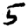
Digit: 5